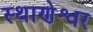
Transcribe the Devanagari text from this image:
स्थाणेश्वर